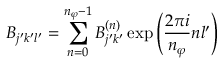
B _ { j ^ { \prime } k ^ { \prime } l ^ { \prime } } = \sum _ { n = 0 } ^ { n _ { \varphi } - 1 } B _ { j ^ { \prime } k ^ { \prime } } ^ { ( n ) } \exp { \left( \frac { 2 \pi i } { n _ { \varphi } } n l ^ { \prime } \right) }